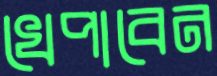
খেপাবেন